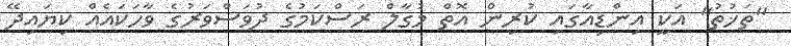
"ތަޚުތު" އަކީ އިންޑިއާގައި ކުރިން އޮތް މުގާލް ރަސްކަމުގެ ދުވަސްވަރުގެ ވާހަކައެއް ކިޔައިދޭ